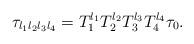
LaTeX: \begin{align*}\tau_{l_1l_2l_3l_4}=T_1^{l_1}T_2^{l_2}T_3^{l_3}T_4^{l_4}\tau_0.\end{align*}